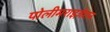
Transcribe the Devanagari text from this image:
पोलीमराइज़ेशन